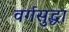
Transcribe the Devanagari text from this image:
वर्गसुद्धा